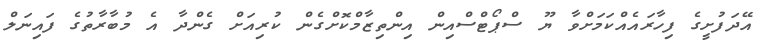
އޭދަފުށީގެ ފިހާރައެއްކަމަށްވާ ޔޫ ސްޕޯޓްސްއިން އިންތިޒާމްކޮށްގެން ކުރިއަށް ގެންދާ އެ މުބާރާތުގެ ފައިނަލް